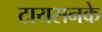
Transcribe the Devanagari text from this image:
टायसनके